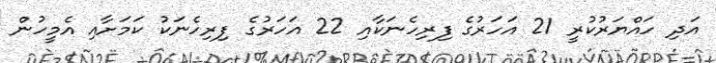
އަދި ހައްޔަރުކުރީ 21 އަހަރުގެ ފިރިހެނަކާއި 22 އަހަރުގެ ފިރިހެނަކު ކަމަށާއި އެމީހުން